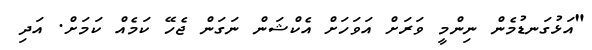
"އަޅުގަނޑުމެން ނިންމީ ވަރަށް އަވަހަށް އެކްޝަން ނަގަން ޖެހޭ ކަމެއް ކަމަށް. އަދި